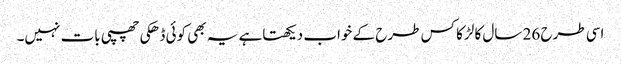
اسی طرح 26 سال کا لڑکا کس طرح کے خواب دیکھتاہے یہ بھی کوئی ڈھکی چھپی بات نہیں۔